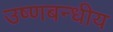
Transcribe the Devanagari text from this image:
उष्णबन्धीय